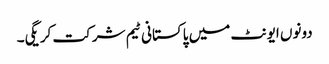
دونوں ایونٹ میں پاکستانی ٹیم شرکت کریگی۔